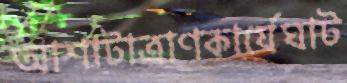
আশাটাত্রাণকার্যেঘাট